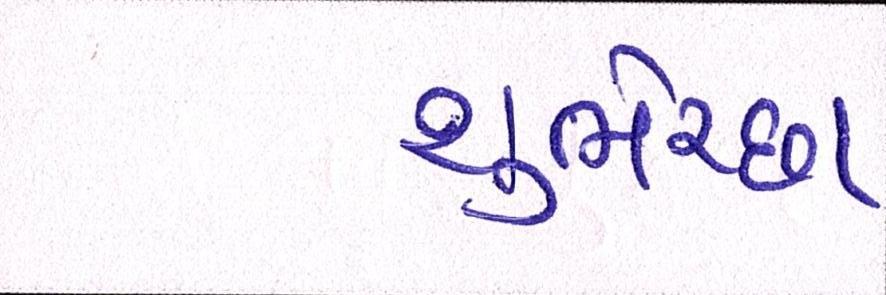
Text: શુભેચ્છા